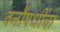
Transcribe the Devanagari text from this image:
वनौषधींचा